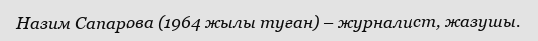
Назим Сапарова (1964 жылы туған) – журналист, жазушы.